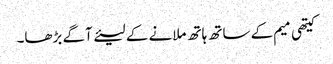
کیتھی میم کے ساتھ ہاتھ ملانے کے لیئے آگے بڑھا۔